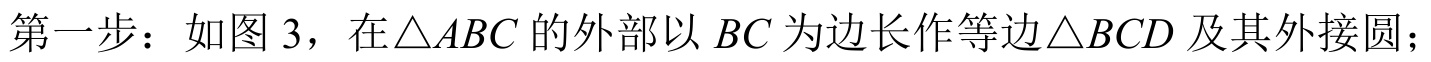
第一步：如图 3，在\(\triangle ABC\)的外部以\(BC\)为边长作等边\(\triangle BCD\)及其外接圆；